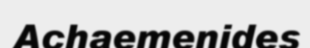
Achaemenides